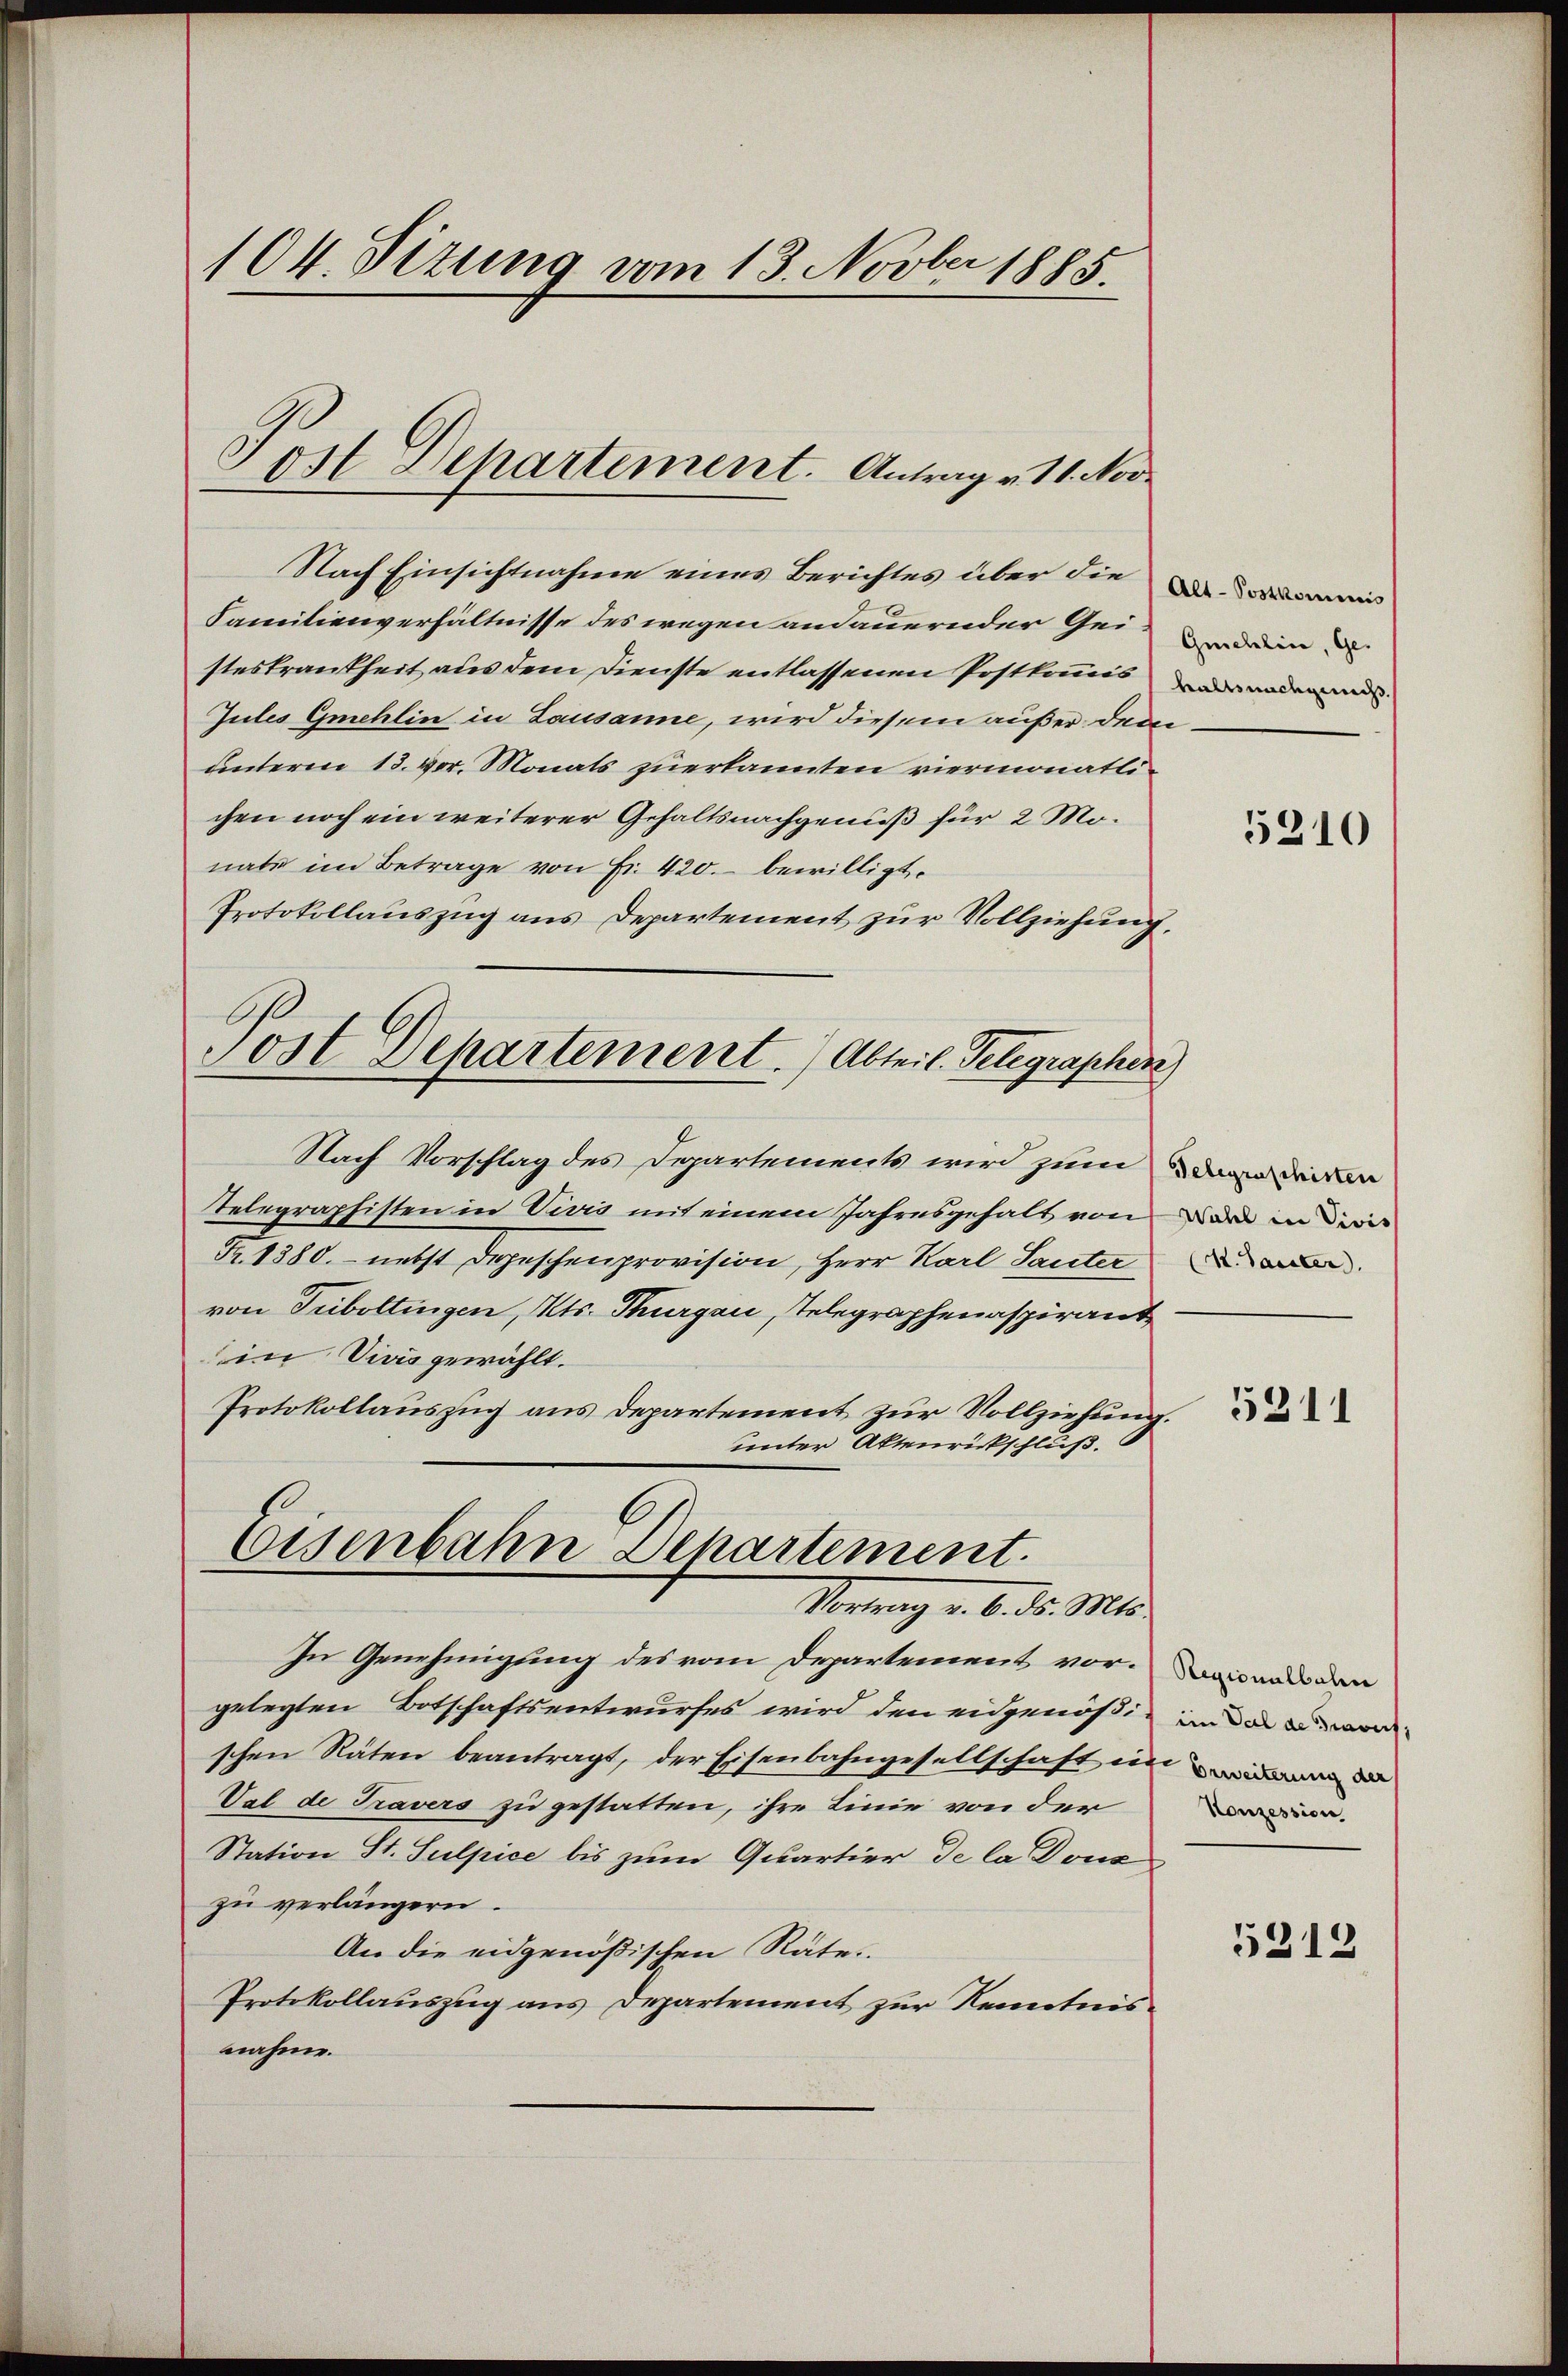
Nach Einsichtnahme eines Berichtes über die
Familienverhältnisse des wegen andauernder Geisteskrankheit aus dem Dienste entlassenen Postkommis und ander
Jules Gmehlin in Lausanne, wird diesem außer dem
unterm 13. vor. Monats zuerkannten viermonatlichen noch ein weiterer Gehaltsnachgenuß für 2 Monate im Betrage von Fr. 420. bewilligt.
Protokollauszug aus Departement zur Vollziehung.
Post Departement.) Abteil. Telegraphen)

104. Sizung vom 13. Novber 1885.

Jost Departement. Antrag v. 11. Nov.

Nach Vorschlag des Departements wird zum Dann denden
Telegraphisten in Vivis mit einem Jahresgehalt von der in de
Fr. 1380. - nebst Depeschenprovision, Herr Karl Sauter
von Triboltingen, Kts. Thurgau, Telegraphenaspirant
in Vivis gewählt.
Protokollauszug aus Departement zur Vollziehung.
unter Aktenrückschluß.
C
Eisenbahn Departement.
Vortrag v. 6. d. Mts.

In Genehmigung des vom Departement vor. Das an den
gelegten Botschaftsentwurfes wird den eidgenößi- in der
schen Räten beantragt, der Eisenbahngesellschaft in
Val de Travers zu gestatten, ihre Linie von der
Station St. Sulpice bis zum Quartier de la Dons
zu verlängern.
An die eidgenößischen Räte.
Protokollauszug aus Departement zur Kenntnisnahme.

Gnehelin, Ge-

5210

(K. Sauter).

5311

Konzession

5212